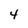
Character: 4